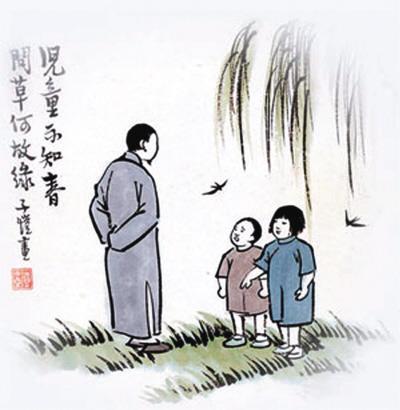
人不能不乐，乐则不能无形，形而不为道，则不能无乱。